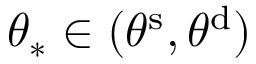
\theta _ { * } \in ( \theta ^ { \mathrm { s } } , \theta ^ { \mathrm { d } } )